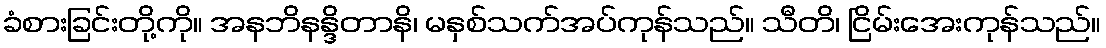
ခံစားခြင်းတို့ကို။ အနဘိနန္ဒိတာနိ၊ မနှစ်သက်အပ်ကုန်သည်။ သီတိ၊ ငြိမ်းအေးကုန်သည်။